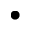
\bullet